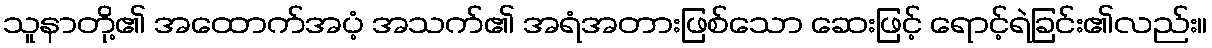
သူနာတို့၏ အထောက်အပံ့ အသက်၏ အရံအတားဖြစ်သော ဆေးဖြင့် ရောင့်ရဲခြင်း၏လည်း။